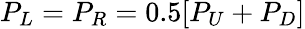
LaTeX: P_{L}=P_{R}=0.5[P_{U}+P_{D}]